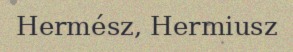
Hermész, Hermiusz